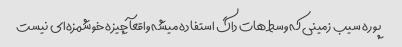
پوره سیب زمینی که وسط هات داگ استفاده میشه واقعآ چیزه خوشمزه‌ای نیست